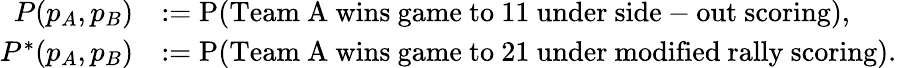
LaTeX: \begin{array}{rl}{P(p_{A},p_{B})}&{:=\mathrm{P}(\mathrm{Team~A~wins~game~to~11~under~side-out~scoring}),}\\ {P^{*}(p_{A},p_{B})}&{:=\mathrm{P}(\mathrm{Team~A~wins~game~to~21~under~modified~rally~scoring}).}\end{array}